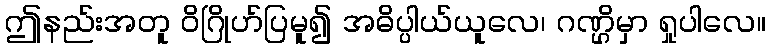
ဤနည်းအတူ ဝိဂြိုဟ်ပြမူ၍ အဓိပ္ပါယ်ယူလေ၊ ဂဏ္ဌိမှာ ရှုပါလေ။